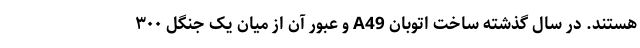
هستند. در سال گذشته ساخت اتوبان A49 و عبور آن از میان یک جنگل ۳۰۰